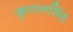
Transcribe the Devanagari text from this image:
कृपालसिंह